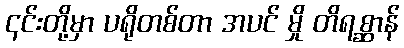
၎င်းတို့မှာ ပရိုတစ်တာ အပင် မှို တိရစ္ဆာန်